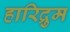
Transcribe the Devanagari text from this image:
हारिद्रुम